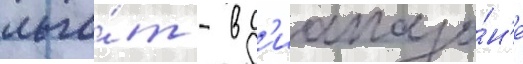
льго́т - в д'иапазо́н'е